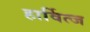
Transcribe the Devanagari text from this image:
हार्वित्ज